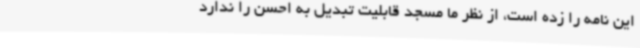
این نامه را زده است، از نظر ما مسجد قابلیت تبدیل به احسن را ندارد